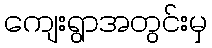
ကျေးရွာအတွင်းမှ